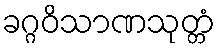
ခဂ္ဂဝိသာဏသုတ္တံ